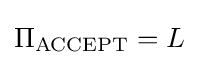
\Pi _{\text{ACCEPT}}=L